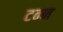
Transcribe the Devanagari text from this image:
टन्न